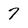
Character: 7